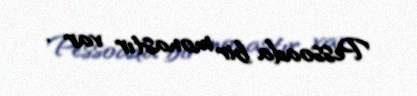
Pessoada bir monastır var .